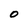
Character: 0